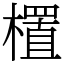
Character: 㯰